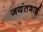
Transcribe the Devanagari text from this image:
जयंतभाई